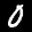
Label: 0